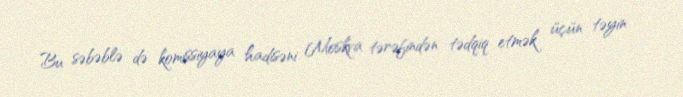
Bu səbəblə də komissiyaya hadisəni Moskva tərəfindən tədqiq etmək üçün təyin